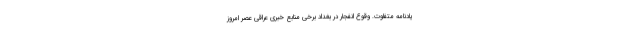
یادنامه متفاوت. وقوع انفجار در بغداد برخی منابع خبری عراقی عصر امروز